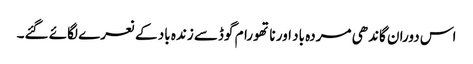
اس دوران گاندھی مردہ باد اور ناتھورام گوڈسے زندہ باد کے نعرے لگائے گئے۔